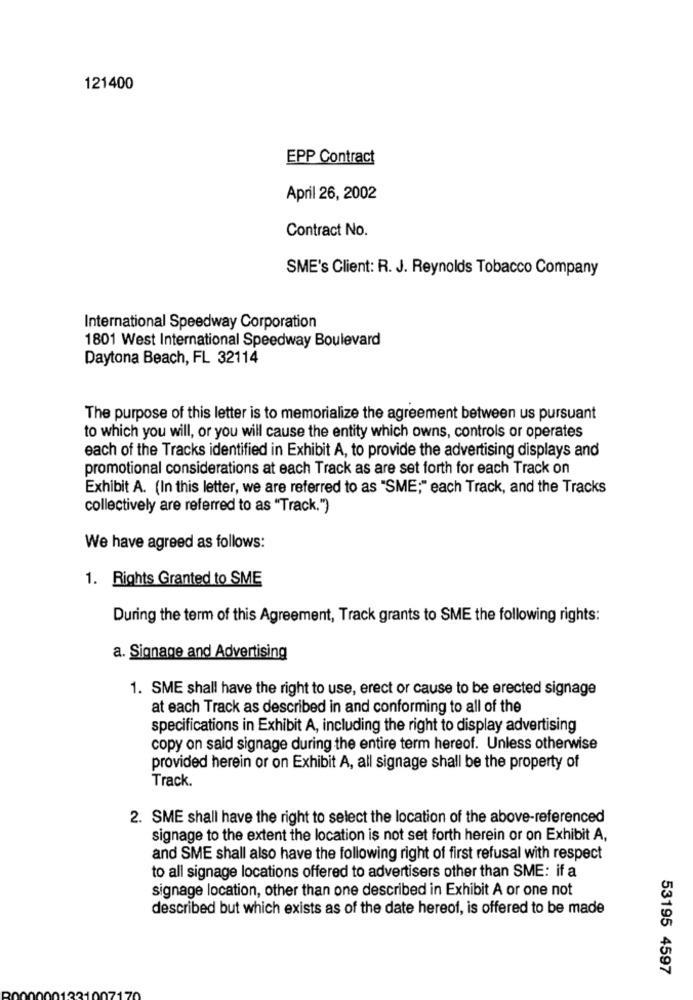
121400
EPP Contract
April 26, 2002
Contract No.
SME's Client: R. J. Reynolds Tobacco Company
International Speedway Corporation
1801 West International Speedway Boulevard
Daytona Beach, FL 32114
The purpose of this letter is to memorialize the agreement between us pursuant
to which you will, or you will cause the entity which owns, controls or operates
each of the Tracks identified in Exhibit A, to provide the advertising displays and
promotional considerations at each Track as are set forth for each Track on
Exhibit A. (In this letter, we are referred to as "SME;" each Track, and the Tracks
collectively are referred to as "Track.")
We have agreed as follows:
1. Rights Granted to SME
During the term of this Agreement, Track grants to SME the following rights:
a. Signage and Advertising
1. SME shall have the right to use, erect or cause to be erected signage
at each Track as described in and conforming to all of the
specifications in Exhibit A, including the right to display advertising
copy on said signage during the entire term hereof. Unless otherwise
provided herein or on Exhibit A, all signage shall be the property of
Track.
2. SME shall have the right to select the location of the above-referenced
signage to the extent the location is not set forth herein or on Exhibit A,
and SME shall also have the following right of first refusal with respect
to all signage locations offered to advertisers other than SME: if a
signage location, other than one described in Exhibit A or one not
described but which exists as of the date hereof, is offered to be made
53195 4597